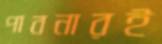
পাবনারই